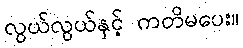
လွယ်လွယ်နှင့် ကတိမပေး။